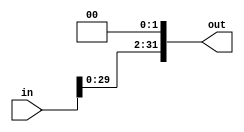
module shiftleft (
    input   wire[31:0]  in,
    output  wire[31:0]  out
);

    assign out = (in<<2);
    
endmodule